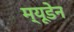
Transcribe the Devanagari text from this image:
म्यूडेन